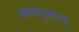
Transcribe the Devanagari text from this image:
यन्मनुष्यान्